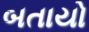
બતાયો